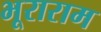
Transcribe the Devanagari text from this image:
भूराराम